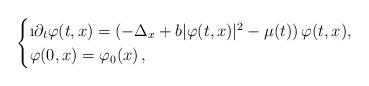
LaTeX: \begin{align*}\begin{cases}\i\partial_t\varphi(t,x)=\left(-\Delta_x+b|\varphi(t,x)|^2-\mu(t)\right)\varphi(t,x),\\\varphi(0,x)=\varphi_0(x)\,,\end{cases}\end{align*}